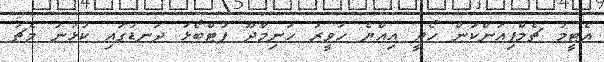
އެޓީމު ޗެމްޕިއަންކަން ހޯދީ އިއްޔެ ހަވީރު ހަނިމާދޫ ފުޓްބޯޅަ ދަނޑުގައި ކުޅުނު މެޗު